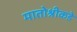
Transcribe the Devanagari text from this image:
मातोश्रीकडे